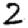
Digit: 2